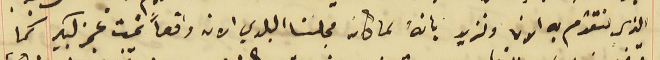
الذي نتقدم به الان ونزيد بانهُ لما كان مجلسنا البلدي الان واقعاً تحت عجز كبير كما